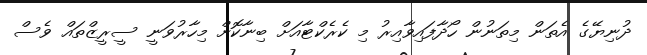
ދުނިޔޭގެ އެތަން މިތަނުން ހޯދާފައިވާއިރު މި ކެރެކްޓާއަށް ބިނާކޮށް މިހާރުވަނީ ސީރީޒްތައް ވެސް